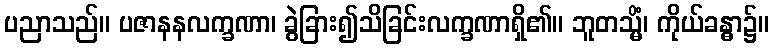
ပညာသည်။ ပဇာနနလက္ခဏာ၊ ခွဲခြား၍သိခြင်းလက္ခဏာရှိ၏။ ဘူတသ္မိံ၊ ကိုယ်ခန္ဓာ၌။